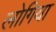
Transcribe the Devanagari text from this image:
लोगिया